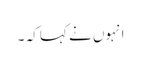
انہوں نے کہا کہ ۔